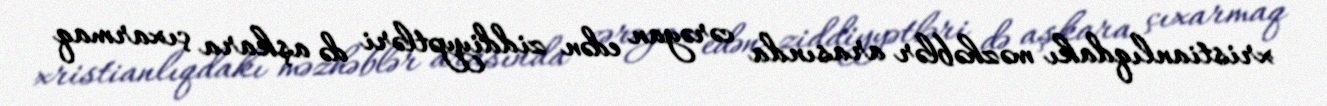
xristianlıqdakı məzhəblər arasında cərəyan edən ziddiyyətləri də aşkara çıxarmaq